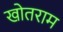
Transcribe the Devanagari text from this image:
खोतराम